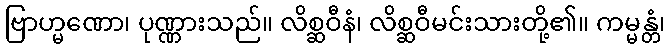
ဗြာဟ္မဏော၊ ပုဏ္ဏားသည်။ လိစ္ဆဝီနံ၊ လိစ္ဆဝီမင်းသားတို့၏။ ကမ္မန္တံ၊